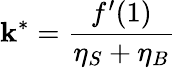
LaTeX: \mathbf{k}^{*}=\frac{{f^{\prime}(1)}}{{\eta_{S}+\eta_{B}}}